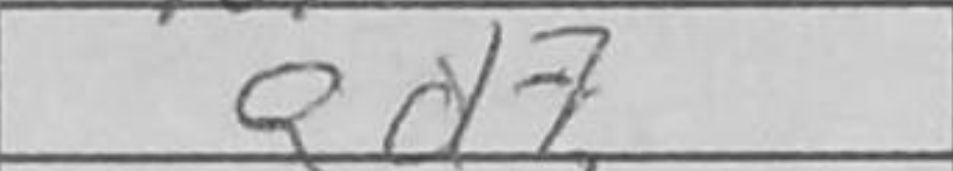
Transcription: Qd7